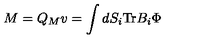
M = Q _ { M } v = \int d S _ { i } \mathrm { T r } B _ { i } \Phi